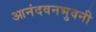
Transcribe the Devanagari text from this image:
आनंदवनभुवनी